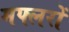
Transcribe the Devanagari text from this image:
मफ्लरों